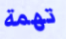
تهمة